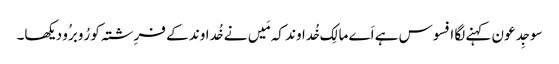
سو جِدعو ن کہنے لگا افسوس ہے اَے مالِک خُداوند کہ مَیں نے خُداوند کے فرِشتہ کو رُوبرُو دیکھا۔